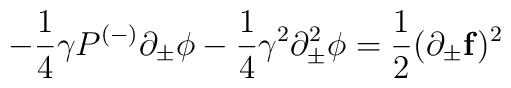
- \frac{1}{4}\gamma P^{(-)} \partial_{\pm}\phi -     \frac{1}{4} \gamma^2\partial^2_{\pm}\phi =     \frac{1}{2} (\partial_{\pm}{\bf f})^2